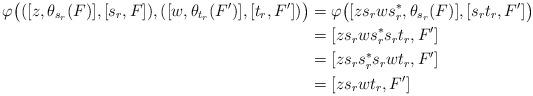
LaTeX: \begin{align*}\varphi \bigl( ([z, \theta_{s_r}(F)],[s_r, F]), ([w, \theta_{t_r}(F')], [t_r, F']) \bigr) &= \varphi \bigl( [zs_rws_r^*, \theta_{s_r}(F)], [s_r t_r, F'] \bigr) \\&= [zs_rws_r^*s_rt_r, F'] \\&= [zs_rs_r^*s_rwt_r, F'] \\&= [z s_r wt_r, F']\end{align*}